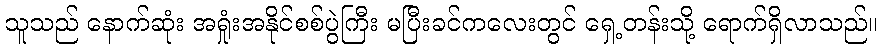
သူသည် နောက်ဆုံး အရှုံးအနိုင်စစ်ပွဲကြီး မပြီးခင်ကလေးတွင် ရှေ့တန်းသို့ ရောက်ရှိလာသည်။